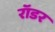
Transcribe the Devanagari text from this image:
रॉडर